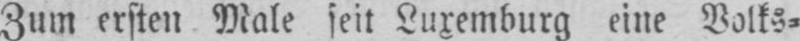
Zum ersten Male seit Luxemburg eine Volks⸗